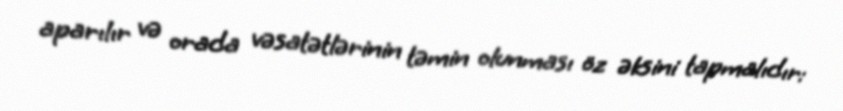
aparılır və orada vəsatətlərinin təmin olunması öz əksini tapmalıdır: